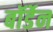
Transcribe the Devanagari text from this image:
बॉर्डेन